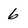
Character: 6